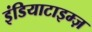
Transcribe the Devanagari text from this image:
इंडियाटाइम्‍ज़